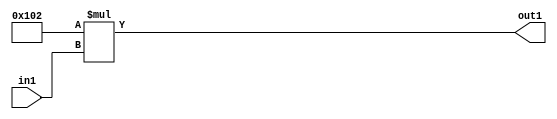
`timescale 1ps / 1ps
/*****************************************************************************
    Verilog RTL Description
    
    
    Created by: Stratus DpOpt 2019.1.01 
*******************************************************************************/

module DC_Filter_Mul_12U_81_4 (
	in1,
	out1
	); /* architecture "behavioural" */ 
input [3:0] in1;
output [11:0] out1;
wire [11:0] asc001;

assign asc001 = 
	+(12'B000100000010 * in1);

assign out1 = asc001;
endmodule

/* CADENCE  urnyQgE= : u9/ySgnWtBlWxVPRXgAZ4Og= ** DO NOT EDIT THIS LINE ******/